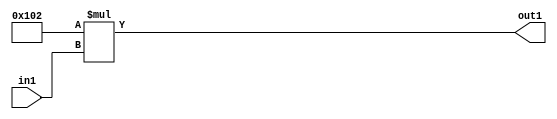
`timescale 1ps / 1ps
/*****************************************************************************
    Verilog RTL Description
    
    
    Created by: Stratus DpOpt 2019.1.01 
*******************************************************************************/

module DC_Filter_Mul_12U_81_4 (
	in1,
	out1
	); /* architecture "behavioural" */ 
input [3:0] in1;
output [11:0] out1;
wire [11:0] asc001;

assign asc001 = 
	+(12'B000100000010 * in1);

assign out1 = asc001;
endmodule

/* CADENCE  urnyQgE= : u9/ySgnWtBlWxVPRXgAZ4Og= ** DO NOT EDIT THIS LINE ******/